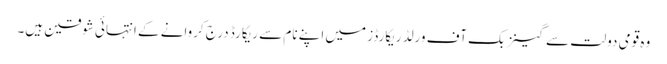
وہ قومی دولت سے گینز بک آف ورلڈ ریکارڈز میں اپنے نام سے ریکارڈ درج کروانے کے انتہائی شوقین ہیں۔